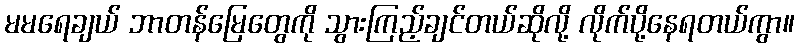
မမရေချယ် ဘာတန်မြေတွေကို သွားကြည့်ချင်တယ်ဆိုလို့ လိုက်ပို့နေရတယ်ကွာ။